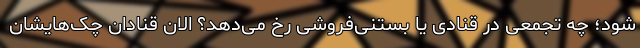
شود؛ چه تجمعی در قنادی یا بستنی‌فروشی رخ می‌دهد؟ الان قنادان چک‌هایشان